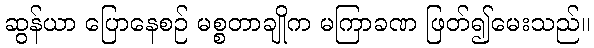
ဆွန်ယာ ပြောနေစဉ် မစ္စတာချိုက မကြာခဏ ဖြတ်၍မေးသည်။